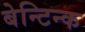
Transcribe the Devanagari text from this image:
बेन्टिन्क